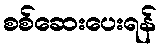
စစ်ဆေးပေးရန်